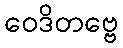
ဝေဒိတဗ္ဗေ